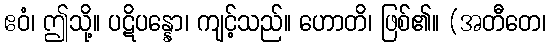
ဧဝံ၊ ဤသို့။ ပဋိပန္နော၊ ကျင့်သည်။ ဟောတိ၊ ဖြစ်၏။ (အတီတေ၊